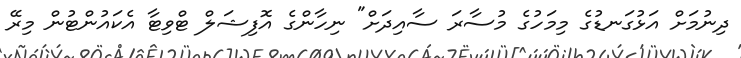
ދިނުމަށް އަޅުގަނޑުގެ މިމަހުގެ މުސާރަ ސާއިދަށް" ނިހާންގެ އޮފިޝަލް ޓްވިޓާ އެކައުންޓުން މިރޭ